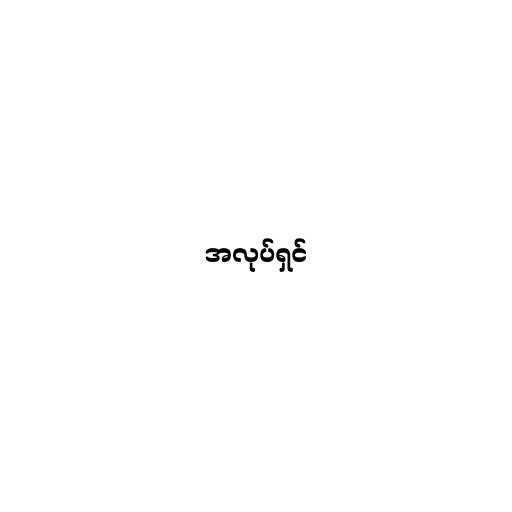
အလုပ်ရှင်